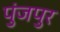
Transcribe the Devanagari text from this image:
पुंजपुर